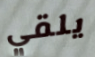
يلقي